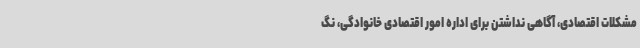
مشکلات اقتصادی، آگاهی نداشتن برای اداره امور اقتصادی خانوادگی، نگ